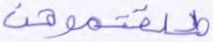
طلقتموهن